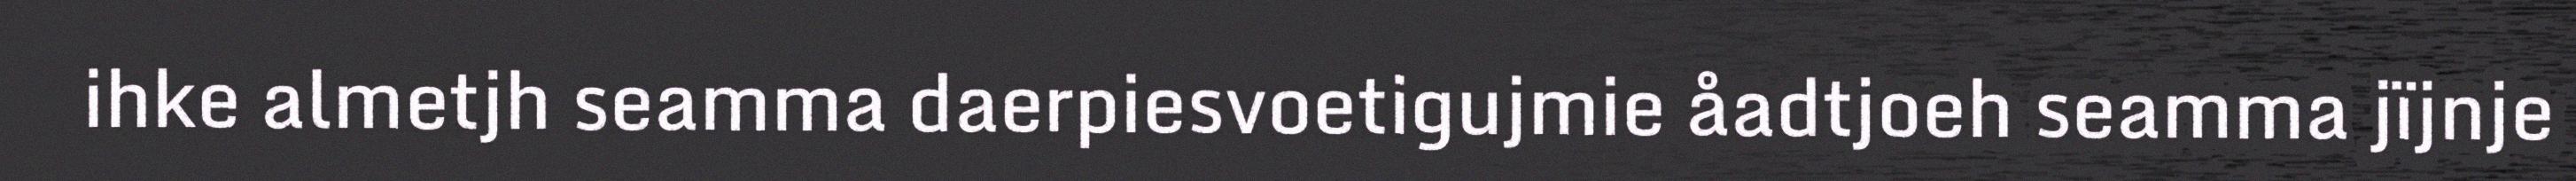
ihke almetjh seamma daerpiesvoetigujmie åadtjoeh seamma jïjnje